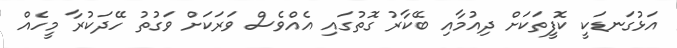
އަޅުގަނޑަކީ ކޮފީތަކަށް ދިއުމާއި ބޭކާރު ގޮތުގައި އެއްވެސް ވަރަކަށް ވަގުތު ހޭދަކުރާ މީހެއް